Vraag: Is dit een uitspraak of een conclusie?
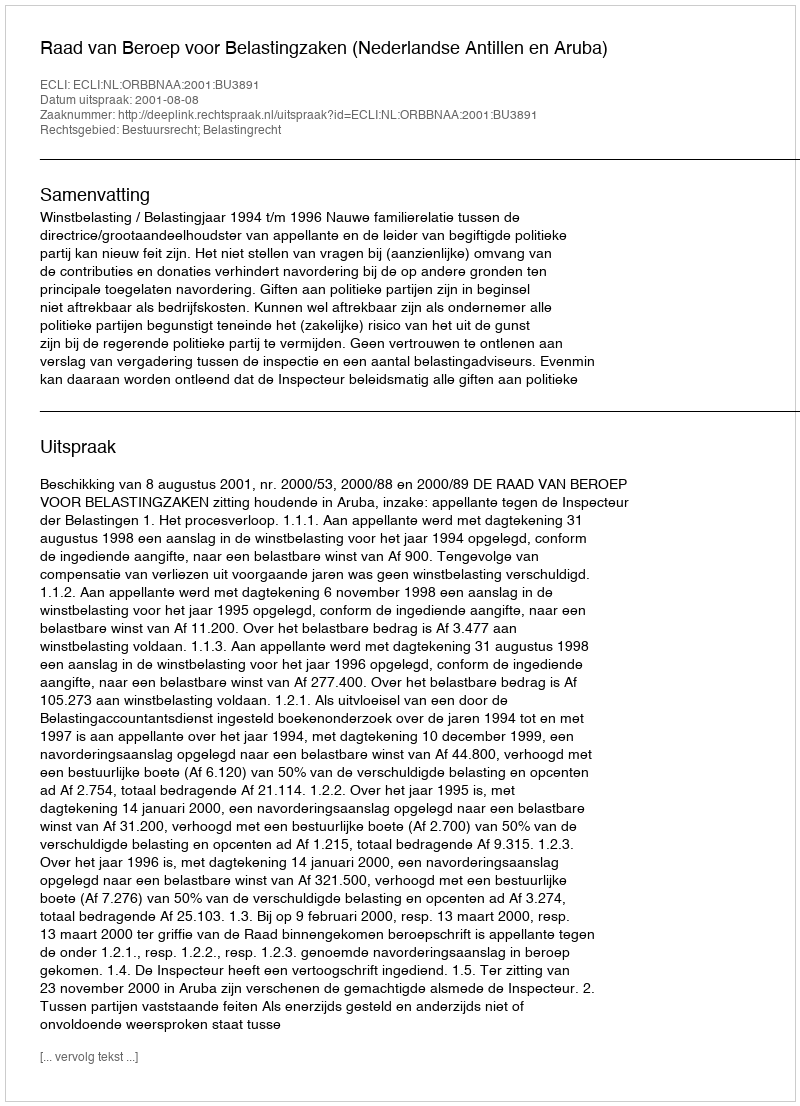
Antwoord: Uitspraak